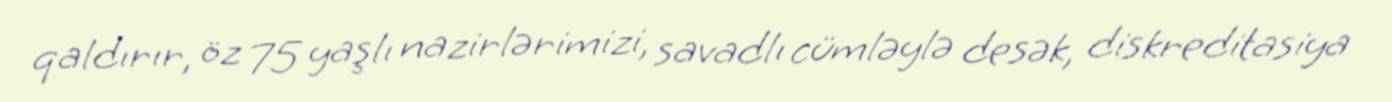
qaldırır, öz 75 yaşlı nazirlərimizi, savadlı cümləylə desək, diskreditasiya